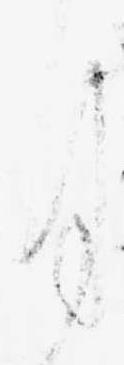
月